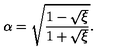
\alpha = \sqrt { \frac { 1 - \sqrt { \xi } } { 1 + \sqrt { \xi } } } .